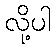
လို့ပါ